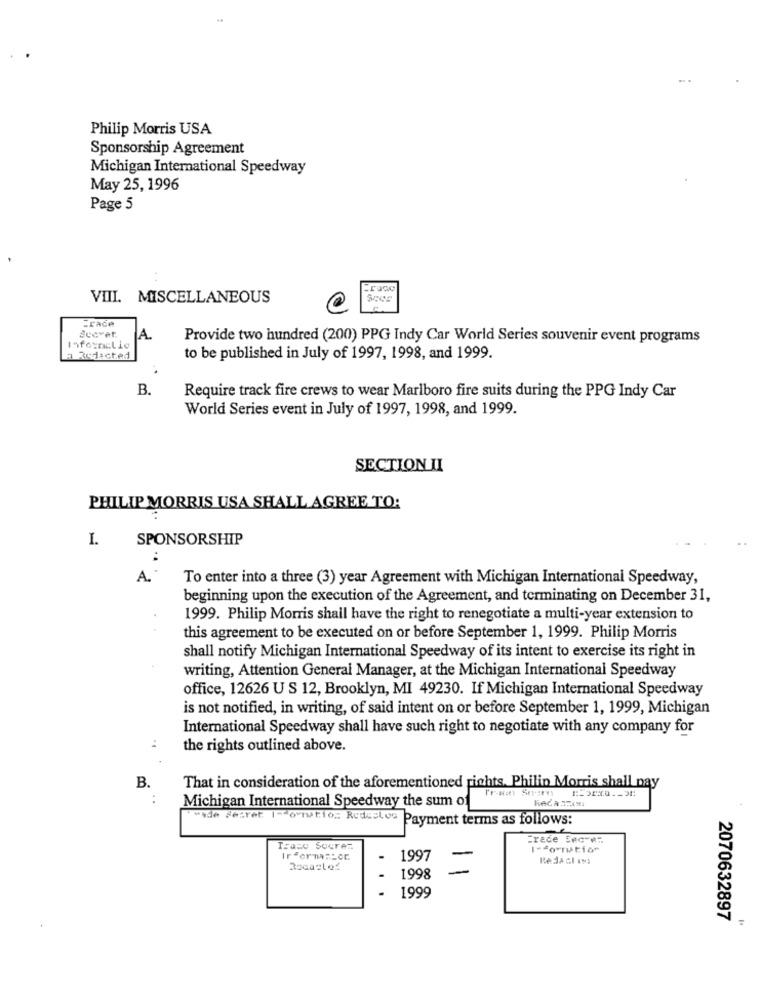
Philip Morris USA
Sponsorship Agreement
Michigan International Speedway
May 25, 1996
Page 5
VIII. MISCELLANEOUS
Frace
A.
Provide two hundred (200) PPG Indy Car World Series souvenir event programs
Informelie
a Redacted
to be published in July of 1997, 1998, and 1999.
B.
Require track fire crews to wear Marlboro fire suits during the PPG Indy Car
World Series event in July of 1997, 1998, and 1999.
SECTION II
PHILIP MORRIS USA SHALL AGREE TO:
I.
SPONSORSHIP
A.
To enter into a three (3) year Agreement with Michigan International Speedway,
beginning upon the execution of the Agreement, and terminating on December 31,
1999. Philip Morris shall have the right to renegotiate a multi-year extension to
this agreement to be executed on or before September 1, 1999. Philip Morris
shall notify Michigan International Speedway of its intent to exercise its right in
writing, Attention General Manager, at the Michigan International Speedway
office, 12626 U S 12, Brooklyn, MI 49230. If Michigan International Speedway
is not notified, in writing, of said intent on or before September 1, 1999, Michigan
International Speedway shall have such right to negotiate with any company for
the rights outlined above.
B.
That in consideration of the aforementioned rights. Philin Morris shall nay
..
Michigan International Speedway the sum of
"Made Fesret (" ovrwtio. Redeslog
Payment terms as follows:
Frede Secver
Trase Sucres
I-formation
1997
Redacl cos
Rocastof
..
1998
1999
2070632897